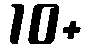
10+